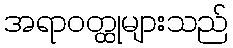
အရာဝတ္ထုများသည်